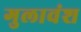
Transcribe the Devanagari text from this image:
गुलावंश